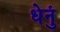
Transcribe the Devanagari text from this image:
धेनुं